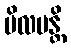
ပိလပန္တိ